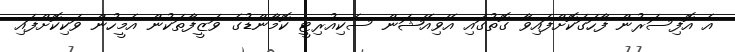
އެ އޮފިސަރުން ފާހަގަކޮށްފައިވާ ގޮތުގައި އޭވިއޭޝަން ސެކިއުރިޓީ ކޮމާންޑުގެ ވަޒީފާތަކުން އެމީހުން ވަކިކޮށްފައި